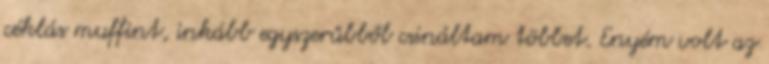
céklás muffint, inkább egyszerűbből csináltam többet. Enyém volt az